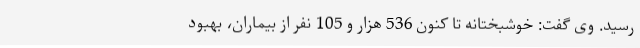
رسید. وی گفت: خوشبختانه تا کنون 536 هزار و 105 نفر از بیماران، بهبود